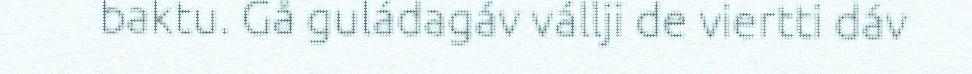
baktu. Gå guládagáv vállji de viertti dáv